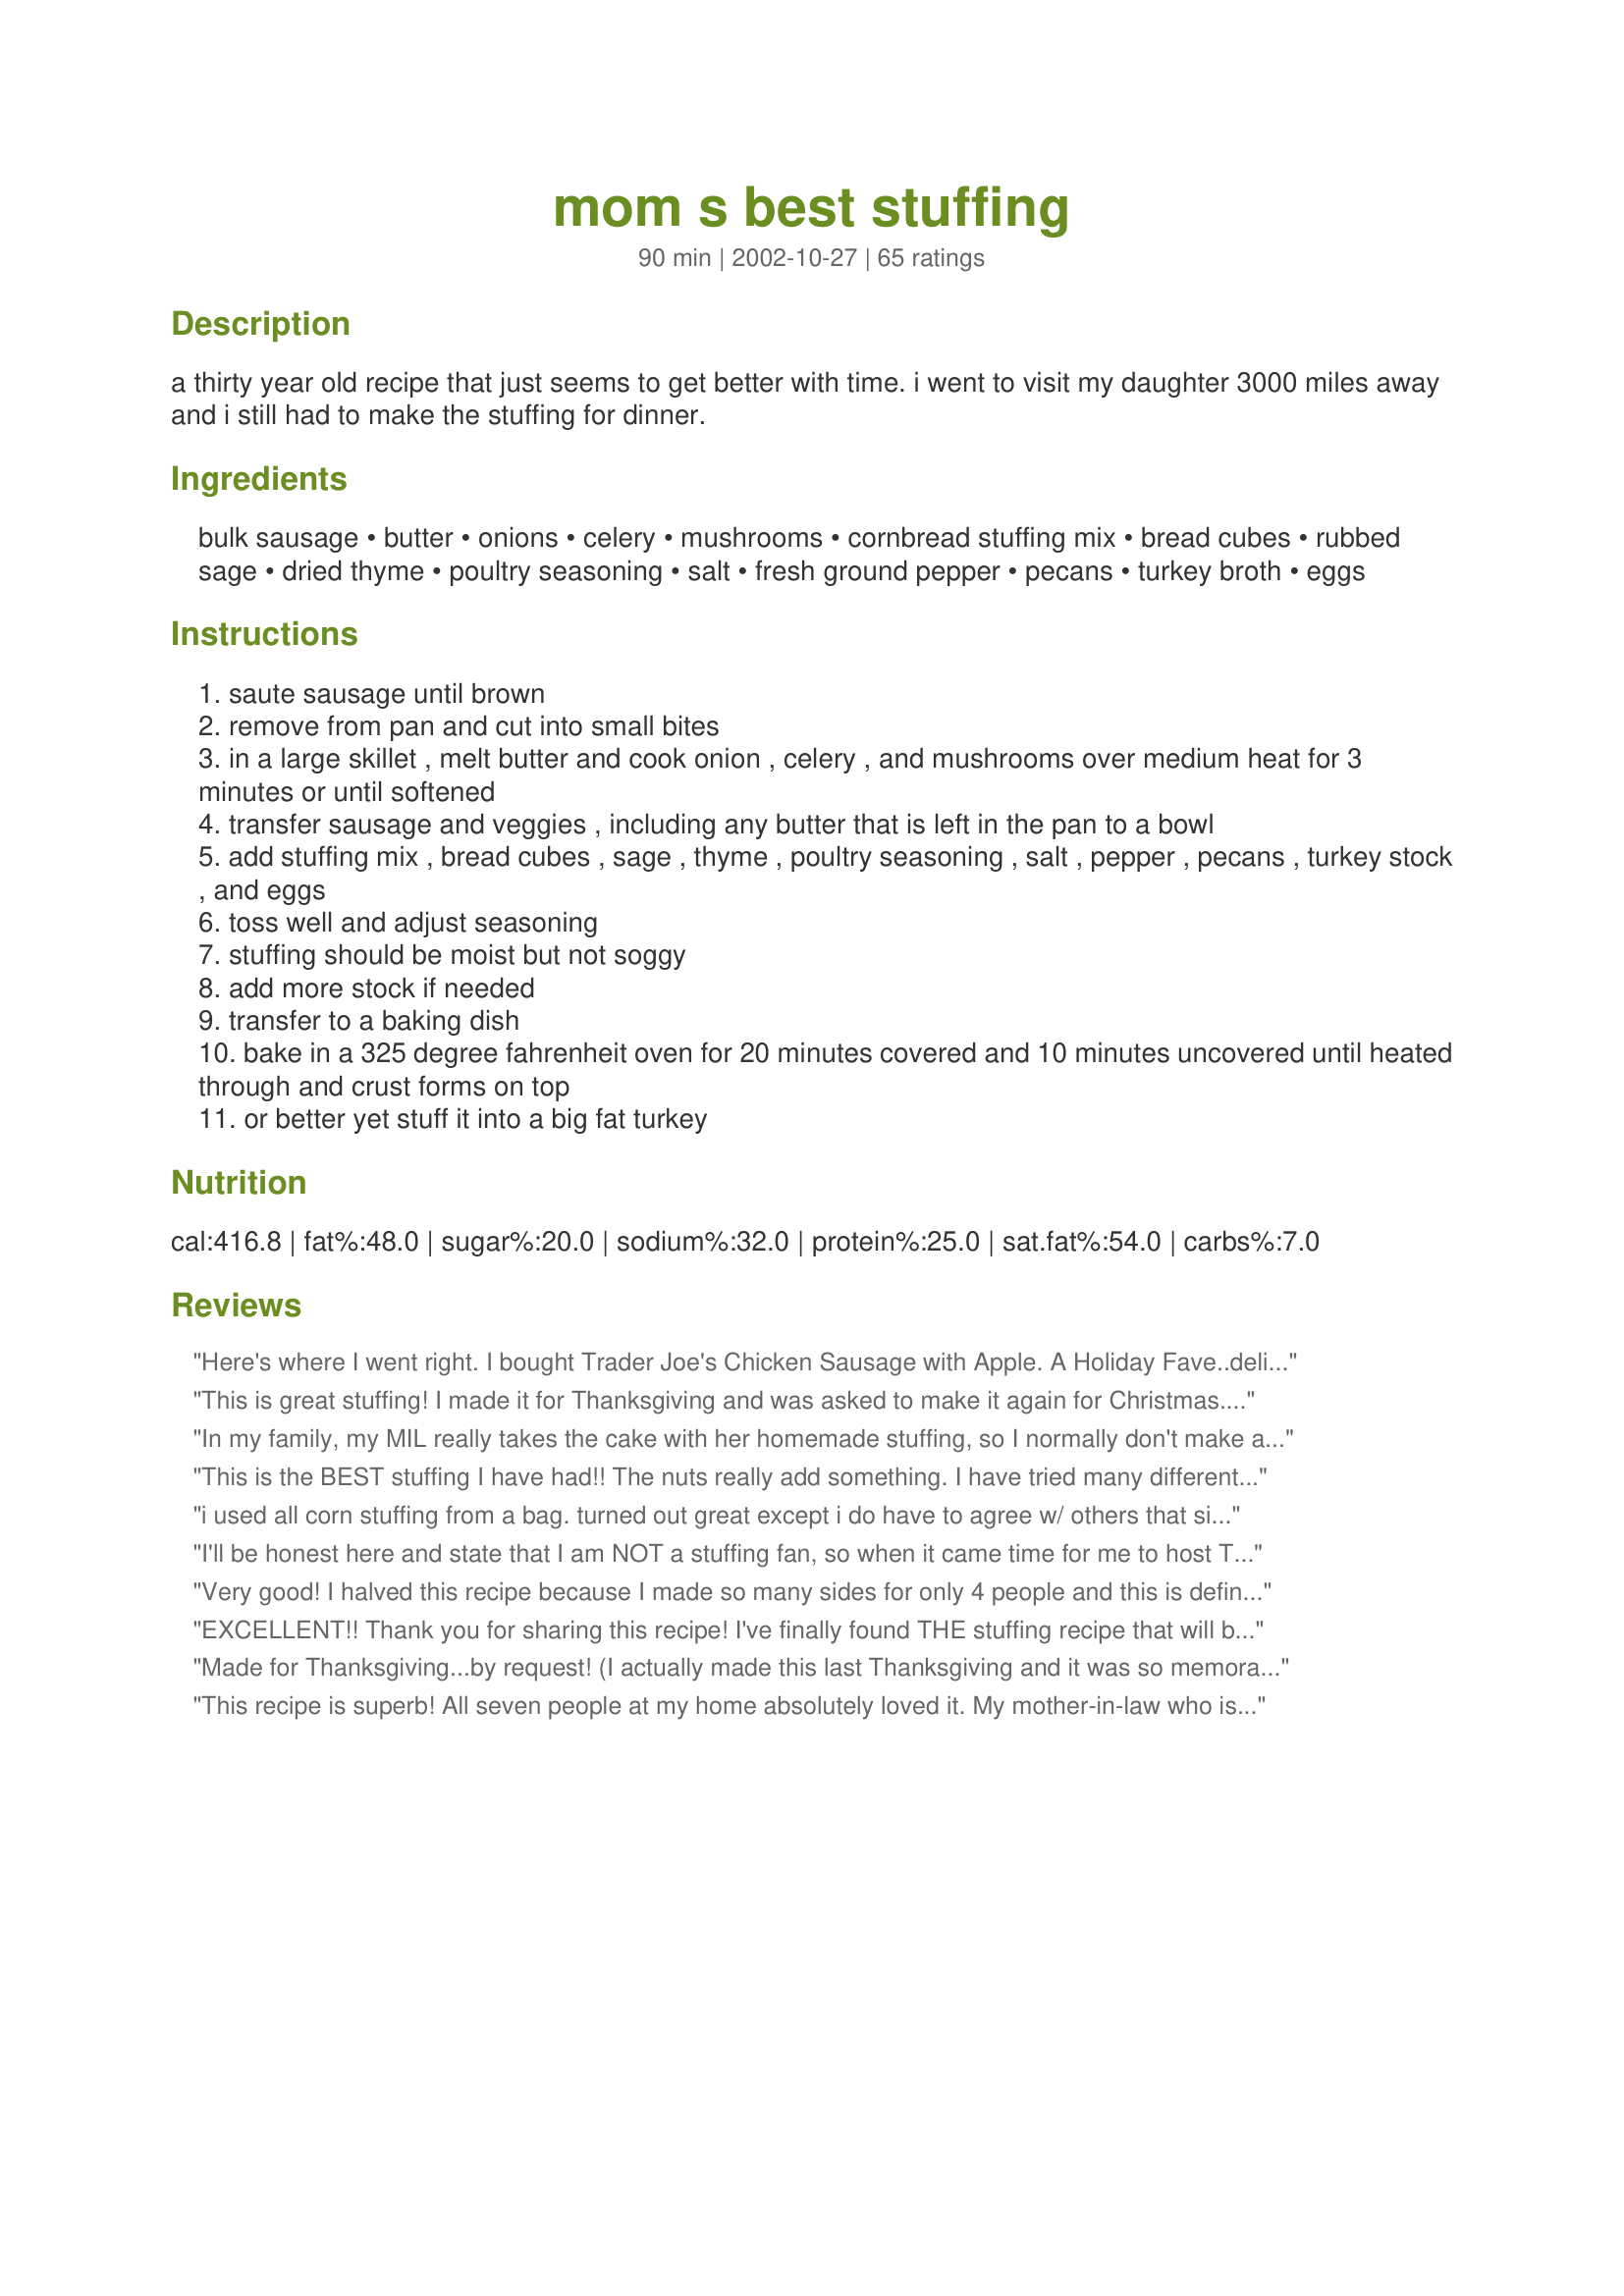
mom s best stuffing
Preparation time: 90 minutes

a thirty year old recipe that just seems to get better with time. i went to visit my daughter 3000 miles away and i still had to make the stuffing for dinner.

Ingredients:
bulk sausage, butter, onions, celery, mushrooms, cornbread stuffing mix, bread cubes, rubbed sage, dried thyme, poultry seasoning, salt, fresh ground pepper, pecans, turkey broth, eggs

Steps:
saute sausage until brown
remove from pan and cut into small bites
in a large skillet , melt butter and cook onion , celery , and mushrooms over medium heat for 3 minutes or until softened
transfer sausage and veggies , including any butter that is left in the pan to a bowl
add stuffing mix , bread cubes , sage , thyme , poultry seasoning , salt , pepper , pecans , turkey stock , and eggs
toss well and adjust seasoning
stuffing should be moist but not soggy
add more stock if needed
transfer to a baking dish
bake in a 325 degree fahrenheit oven for 20 minutes covered and 10 minutes uncovered until heated through and crust forms on top
or better yet stuff it into a big fat turkey

Reviews:
Here's where I went right. I bought Trader Joe's Chicken Sausage with Apple. A Holiday Fave..delicious. It has no casing.I also jumped for joy over their pre- chopped onions. Bought their sliced Crimini mushrooms..yum..The fresh Sage and Thyme I used according to Martha...3x what you use dry...so 3 teaspoons each.Taste and aroma sent me into orbit!! Breadcrumbs: Bought a bag of dried French Bread cut up from Sprouts..Mmm.MISTAKE....bought $10 of Fresh Cornbread from Sprouts, cut, dried in the oven. 275 degrees..Perhaps I should have bought days instead of One day ahead. Too much oil.When I sauted the veg in the butter all I saw...being a non- fat dieter...was oil.Hurried!y soaked up butter with paper towel.MISTAKE 2.Added 2 cups Chicken Broth to the a!ready moist mix...rendering the corn from cumbes to crumbs.Refrigerated overnight Mixed in a few cranberries for color,no more...corn a?ready sweet. the pecans, sprinkled pecans on top...DO THIS....they loved the top!!!Overall....successful..will change as stated!!!
This is great stuffing! I made it for Thanksgiving and was asked to make it again for Christmas. Easy to make and very yummy! Thanks for the great recipe :-)
In my family, my MIL really takes the cake with her homemade stuffing, so I normally don't make anything other than the boxed variety-because why compete with near perfection? But whoa- was this good! I halved the recipe, but used all the broth and it was easy and superbly tasty. My only mistake was using pre-seasoned stuffing mix and then also adding salt- a little salty for my tastes, but both DH and I couldn't believe how tasty it was! Thanks for such an easy, tasty, filling keeper!
This is the BEST stuffing I have had!! The nuts really add something. I have tried many different stuffing recipes and this one is the one I'll be serving from now on!! Thankyou crazymom - crazyjase
i used all corn stuffing from a bag. turned out great except i do have to agree w/ others that since i didn't stuff it into a turkey i should have added a little more liquid. other than that will definitely make this again. thanks!
I'll be honest here and state that I am NOT a stuffing fan, so when it came time for me to host Thanksgiving, I was in a panic. This sounded decent, so I went ahead and made it... and to my pleasant surprise, it was amazing. Everyone loved it! Thank you!
Very good! I halved this recipe because I made so many sides for only 4 people and this is definitely one of the better stuffings I have made. It is very traditional tasting and though there is nothing extraordinary about it, I can definitely say that it was a comforting, crowd pleaser. Thanks!
EXCELLENT!! Thank you for sharing this recipe! I've finally found THE stuffing recipe that will become the family tradition for us at the holidays. I added a couple of finely diced fuji apples to the mix as well during saute. A wonderful combination.
Made for Thanksgiving...by request! (I actually made this last Thanksgiving and it was so memorably yummy, that my family specifically requested again this year.) I prepped the sausage and sauteed the veggies the day before. So, all that was left to do on Thanksgiving was just to throw in the remainder of the ingredients and bake. I had to add a bit more broth this time, but this is most likely because it had all night to drain away the excess oil (I used leftover bacon drippings) while resting in the fridge. So yummy...for me, the pecans steal the show with the recipe...just love the addition of them. No need to wait for another Thanksgiving when it is easy enough to make and enjoy more often! Thank you.
This recipe is superb! All seven people at my home absolutely loved it. My mother-in-law who is a wonderful cook is reconsidering her stuffing recipe after eating this at my home - pretty impressive. Eventually this will become a 30 year old recipe in my home too. I made this exactly to the recipe. Left overs went fast. Simply delicious. Thanks for the recipe!
Definitely the best stuffing I've ever made! I doubled this recipe to serve 2 different Thanksgiving's and that was somewhat of a pain. If you are going to double this, make sure you have a big enough bowl beforehand! Even mixing in 2 batches was difficult. Everybody loved this and I will definitely make again. Thanks for posting!
This is a excellent recipe :) I have made this now for the last few years and everyone LOVES IT ! Makes enough to stuff a 20 lb turkey Plus another extra large dish that I bake in the Oven :) Delish !
delish except it makes a TON this amount could feed 16 adults! also I doubled broth
What kind of sausage do I use? Italian? Breakfast sausage?
Instead of bread cubes and cornbread stuffing mix, I use fresh, crusty baguettes and corn bread (both cubed). If you do this you will need to add more liquid — enough to make you stuffing nice and moist!
This is the most amazing stuffing recipe i have ever tried. It is worth every effort! I cant tell you how many compliments i receive! Just a few things ive changed slightly, first i use turkey sausage. It has less fat and tastes just as good! I mince the onion in the food processor to get very fine pieces and half the amount. I also cut the celery and mushrooms to the same size pieces so that they cook evenly. Lastly, i add much more broth than is noted here. I am not sure of my measurements. I just do it until the bread is all moistened. It needs more than what is noted on the recipe. Thank you so much to the original person who cane up with this recipe! You are a genius!!!
My first time making home-made dressing and it turned out very well. I omitted the poultry seasoning due to other reviews that said it was too salty; and this stuff barely lasted a day after thanksgiving it was that good!
It is a great recipe!! I'll be making this next Thanksgiving and every one after that. Verry, very yummy! The pecans add a nice texture and the flavor the herbs add it's great!! Everybody loved it. I baked the stuffing outside the turkey; it came out great. Thanks for sharing this great recipe!!! I think it is going to become a tradition in our family.
The best stuffing I think I've ever had! I used chicken sausage from Trader Joe's and a bit more broth than suggested. It was out of this world yummy. Thanks!
Excellent! First time I have made stuffing from scratch. I omitted the pecans because I was feeding some picky eaters. I received rave reviews! The stuffing was perfectly moist with the amount of broth called for in the recipe. Will definetely go in the recipe box.
I&#039;ve been married for A LOT of years now, and this is the very FIRST recipe my mother-in-law has asked me for! So simple and the best I&#039;ve ever had.
Wonderful flavor and very traditional stuffing taste. I only used the Pepperidge Farm cornbread stuffing mix and used 2 bags of it (no other bread cubes). We like our stuffing VERY moist so I used 2 entire cartons of chicken broth as well. Next time I will use a little less seasoning as it was a bit strong for my taste but it was a delicious keeper! Finally have found a stuffing recipe that the whole family can agree on. Thanks so much!
Made this stuffing for Thanksgiving this year in place of the tried & true one I have always made - we found a new stuffing recipe - absolutely the best. We don't have turkey as our protein as my SIL doesn't care for turkey, had tenderloin and this dressing was a beautiful compliment to the tender beef. I can't wait to make a turkey though and stuff with this as I'm sure it will only be better. Thanks crazymom for posting and giving us our new & improved stuffing.<br/>***Update Thanksgiving 2012<br/>Finally got to make my turkey this year, SIL agreed to give it a try, and as suspected this dressing was outstanding in and outside the bird. Thank you again crazymom - my new tried & true dressing recipe.
Seriously good stuffing! Similar to my Dad&#039;s sausage stuffing but the mushrooms &amp; pecans make it so special. Rave reviews from everyone! Well done!
I followed this recipe exactly except I used 3 cups of chicken broth (I could not locate turkey and did not have time to make my own) and it came out perfect! I also saut&eacute;ed the vegetables for a little longer, about 10 minutes as opposed to 3 minutes. I made it for a potluck at my husband&#039;s work and everybody went crazy over it! This was my first time making stuffing from scratch and it was a complete success. Thank you for sharing!
Loved this recipe. Of course I made some changes but followed the basic recipe. I used fresh corn bread and white bread. No bread crumbs. I also added more liquid. Everyone thought it was the best stuffing ever. Flavorful and light. Thank you. This is my new homemade stuffing.
I made this last year for Thanksgiving. I recommend really cooking down your onions and mushrooms. I did this by accident. didn't have enough bread mix and had to run to the storm. They simmered for about an hour. Is the BEST stuffing ever!!!! Thank you, now I don't have to eat my mother in law's stuffing.
I made this stuffing for Thanksgiving, but left out the mushrooms and pecans because my husband doesn't like them, but every one loved it and told me so. I think that it was the sausage that made it taste sooo good! I'm going to make this recipe again and again!
This is the best stuffing i have ever had! It was so amazing that everyone asked for the recipe after thanksgiving dinner. My husband has never liked stuffing but he loved this recipe. I will make this for all the holidays so thankyou so much for sharing it with me and my family.
This is an excellent recipe for stuffing. I made it for Thanksgiving and I was pleased with the results. I received several compliments from my family members about how good this was. I used homemade cornbread cubes and toasted french bread cubes as the bread. I omitted the mushrooms, eggs, and salt and used only 1/2 tsp pepper. We like our stuffing on the dry side so I also omitted the eggs as well. I assembled the stuffing the day before and baked it on Thanksgiving day. I noticed that the spices were more dominant the second day and the stuffing was a tad more moist. I thought I should mention that just in case anyone makes this stuffing the day ahead like I did. Thanks crazymom for sharing this recipe. It's a great recipe so I will use it again.
I loved this. I usually make the same stuffing year after year, but I decieded to try something different this time. I'm so glad I did. This is very good. Thank you for posting this....Stephanie
A good basic stuffing, everyone loved it, but I have had better so I only give it fours stars. Pretty easy to make, it was only my second time making stuffing.
This was great! The only thing I will leave out next are the nuts. They were a soft texture that was not pleasant in my mouth...still five stars as others did not agree with my moputh!
The stuffing was tasty and easy to make despite the long list of ingredients.
I made this for thanksgiving and it was a hit! I have had two relatives ask for the recipe to make for their Chirstmas gatherings. I have also made it since Thanksgiving as a dinner with chicken chunks mixed in and baked together, served with gravy on top. Delicious!!
very good! i used a roaster pan so had to add a little extra chicken broth as we went, but turned out great!
This is the best stuffing recipe and I highly recommend it! Everyone loved this stuffing. Initially, I was nervous about the sausage, but it really added a lot of flavor. The only ingredient I omitted was the nuts, and we didn't miss them at all. A note about the dryness/moistness: If you're baking the stuffing outside the turkey, then it definitely needs extra liquid. However, if you're stuffing the turkey, then you really don't need any extra liquid, since the stuffing will collect the turkey juice. Thanks for a great recipe that I'll be using again!
This was a very delicious stuffing - although I did find it a bit salty for my taste. I would probably leave out the salt next time - maybe even cut back on the poultry seasoning a bit. Maybe my sausage was really salty? I did use all cornbread stuffing mix instead of a mixture - only because I didn't want to have leftover cornbread stuffing mix in my cabinets. Thanks, Crazymom for an excellent recipe! It got rave reviews from my Thanksgiving guests!
This was wonderful. I had to add more broth, because I was afraid it would be too dry and not stick well. After it was cooked I still could have added more broth, but it was yummy!
YUMM-O! Enough said.
I made half a recipe and it is excellent. I did use almonds in place of the pecans and added grated Granny Smith apples.
Loved it. I got it all ready then put it in the fridge to bake later. Turned out just right.
Oops - in addition to my raving review I forgot to mention that I did make two minor tweaks to the recipe. I used a little more chicken broth (2 cups versus the called for 1 1/2 cups). The extra broth in my opinion was perfect, we like moist (but not soggy) stuffing. I also used a couple tablespoons of natural butter flavored EVOO to saute the veggies instead of the 1/2 cup of butter it called for. Other than that, I followed recipe exactly and oh my goodness was it delicious!!
So I usually make my mom's version of sausage stuffing, which is similar to this, but it doesn't have the cornbread mixed in. I decided to try this and it is WONDERFUL. I tweaked it just a bit because i'm not a fan of nuts in stuffing, so I omitted them, used one extra package of sausage and instead of using regular butter, I used 1 cup of unsalted butter. In the past I have found that salted butter along with the sausage has the potential to make the stuffing rather salty. I can honestly say that this is probably the best stuffing I have ever tasted. Thanks for sharing your fabulous recipe!!!
I first found this recipe when I first married and have been using it ever since. Even if I don&#039;t host Thanksgiving every year the one request that I am always asked of is &quot;my stuffing&quot;... LOVE, LOVE, LOVE this recipe.
I have to go against the tide here just a bit and say that this is over seasoned with herbs. I used only 1/4 t. each of the thyme and sage with the full amount of poultry seasoning, and it was too much. Next time I will omit the sage and thyme altogether. To make this vegan I omitted the sausage and eggs and used vegetable broth and margarine instead of butter, but otherwise followed the recipe. It is a good basic stuffing recipe adaptable for vegetarians and vegans and I will use it again. The pecans are an especially nice touch.
The recipe calls for cranberry sauce, but the sauce on the video looks more like a syrup. How is the sauce made? Thanks - I can’t wait to make this.
This turned out so good for Thanksgiving that I was told by my mom to bring it for Christmas dinner! I was a Stove Top lover untill I made this stuffing recipe!
Made this for Thanksgiving dinner. I ended up with 1/2 the sausage but stuck to the recipe other than that. It got rave reviews from my family. Even my "I don't like it" 6 year old approved! Thanks
Wonderful recipe! I used a harvest sausage my local butcher makes, apples and dressing type spices. My mother said this was better than her dressing by far, that's a compliment and a half!
Very good stuffing but I think it could use a little more chicken broth. Slightly dry. We cooked some in the turkey and some outside and both were slightly dry. I used the full amount of broth but next time I will use more.
Topped with my homemade gravy, this was the highlight of our Thanksgiving meal! Very good, thanks for sharing!
Excellent recipe! This was the first I made stuffing from scratch and needless to say I was very impressed with myself!! The flavors were so good. I was worried about using sausage, since I'm not really a pork person but it was perfect. My husband loved it. In fact, he thought it was better than his mom's! Can't get any better than that.
I make this with turkey sausage and this is definately the best stuffing recipe out there!
I made this for Thanksgiving dinner. I was out of poultry seasoning, but even without it, it was very flavorful and delicious! Mine turned out slightly dry, but I just needed to add a bit more broth, and it was perfect with turkey and gravy. I plan to make this again for Christmas dinner!
By far, the best stuffing I've ever had. I loved the added vegetables as most stuffing I've tasted do no have that. I followed the recipe exactly and had no issues with it being to dry, as I saw a few people write... and DID NOT stuff it in the turkey! When everyone talked about their favorite dish after dinner, this stuffing was at the top of their list.
delicious! doubled the sage and thyme and left out the pecans. was sooooo good stuffed a turkey breast and rest in the crockpot
Well, I couldn't find my mom's stuffing recipe so I used this one as it seemed very close to hers. It was fantastic!!! This will be my new "go to" stuffing recipe! I followed the recipe exactly and it was perfect! Thank you so much for posting!
This is an upgrade of boxed stuffing???????
My first attempt at making stuffing and it wasn't perfect... but it was certainly very good. Everyone wanted to give it a try because it smelled sooo yummy. I agree with FromKatesKitchen - this amount makes a HUGE AMOUNT and would easily serve double (16). We had 7 over for thanksgiving and there's no way we'll be able to finish the leftovers....
After 4 years of trying different stuffing recipes I finally found one that we all liked. I made this for Thanks giving this year and everyone in my family loved it-I was told not to try anything different. I made this exactly to the recipe. Thanks crazymom-this is the whip
Yummy Made this for thanksgiving for an extra stuffing.It was enjoyed by everyone.I couldn't get turkey broth from the store so I boiled the giblets and neck and used that broth.I will make this again and stuff the bird with it.
i can't believe i forgot to review this! this is hands down the best stuffing i have ever tried, let alone made. everyone loved it so much that i am now the designated stuffing maker for all holiday dinners!
This recipe was so easy to make and very flavorful. I was a little nervous about using mushrooms and nuts but I did anyway and they were so subtle and such a nice compliment. I will definitely be making this stuffing again!
I use chives instead of onion and I add in green peppers and raisins. The raisins really bring out a lot of the other flavors. I&#039;ve heard dried cranberry might be a good addition. I do agree that adding more liquid is a good idea. I added a bit more the first time because I knew the raisins would swell but I added about a cup more the second time to eliminate dryness. That was the best try yet. Happy cooking!
